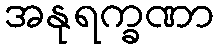
အနုရက္ခဏာ